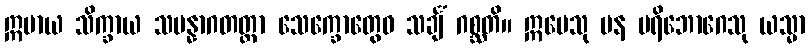
ဣမာယ သိက္ခာယ သမန္နာဂတတ္တာ သေက္ခောတွေဝ သင်္ချံ ဂစ္ဆတိ။ ဣမေသု ပန ပရိဘောဂေသု ယသ္မာ